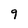
Character: 9